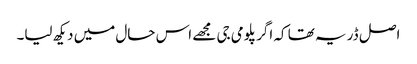
اصل ڈر یہ تھا کہ اگر پلومی جی مجھے اس حال میں دیکھ لیا۔